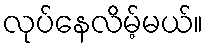
လုပ်နေလိမ့်မယ်။